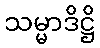
သမ္မာဒိဋ္ဌိ